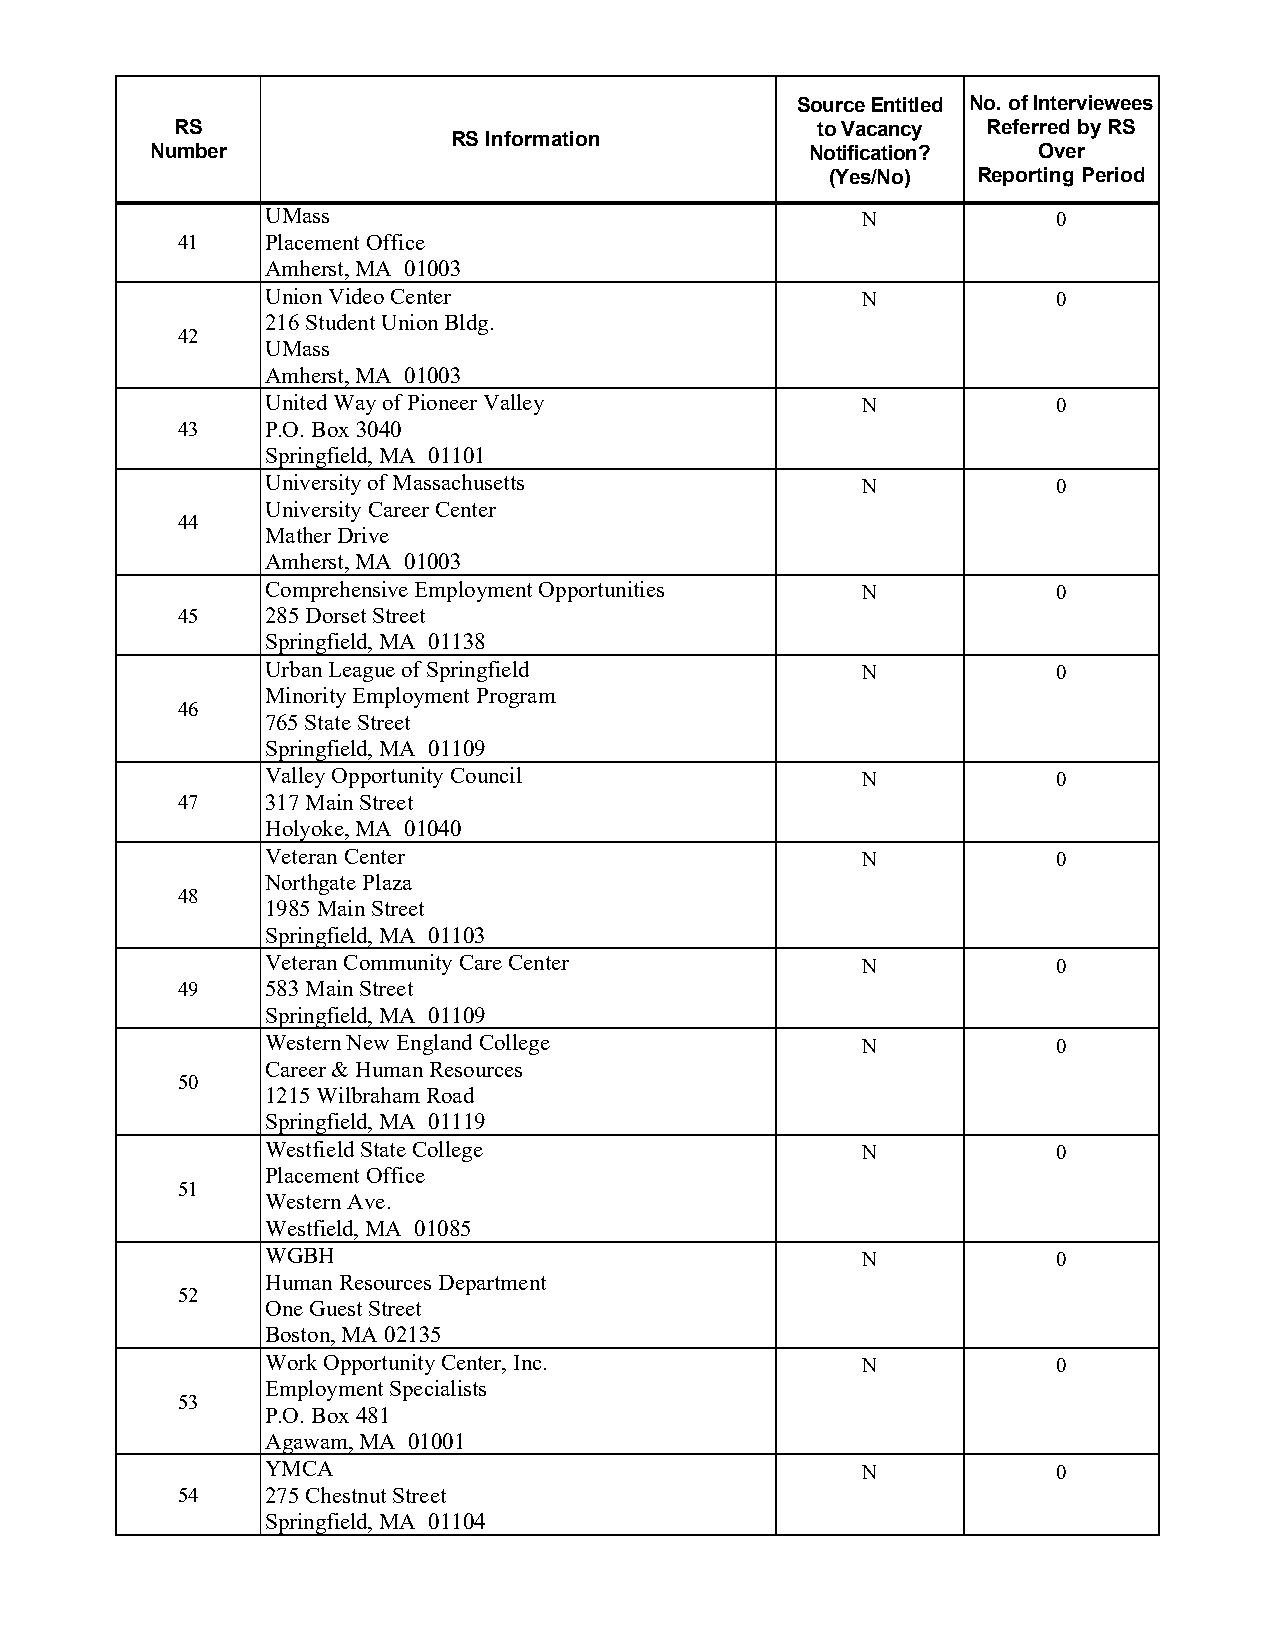
Source Entitled No. of Interviewees
 RS                                        to Vacancy Referred by RS
 RS Information
 Number                                      Notification?  Over
 (Yes/No)  Reporting Period
 UMass                                  N            0
 41    Placement Office
 Amherst, MA 01003
 Union Video Center                     N            0
 216 Student Union Bldg.
 42
 UMass
 Amherst, MA 01003
 United Way of Pioneer Valley           N            0
 43    P.O. Box 3040
 Springfield, MA 01101
 University of Massachusetts            N            0
 University Career Center
 44
 Mather Drive
 Amherst, MA 01003
 Comprehensive Employment Opportunities N            0
 45    285 Dorset Street
 Springfield, MA 01138
 Urban League of Springfield            N            0
 Minority Employment Program
 46
 765 State Street
 Springfield, MA 01109
 Valley Opportunity Council             N            0
 47    317 Main Street
 Holyoke, MA 01040
 Veteran Center                         N            0
 Northgate Plaza
 48
 1985 Main Street
 Springfield, MA 01103
 Veteran Community Care Center          N            0
 49    583 Main Street
 Springfield, MA 01109
 Western New England College            N            0
 Career & Human Resources
 50
 1215 Wilbraham Road
 Springfield, MA 01119
 Westfield State College                N            0
 Placement Office
 51
 Western Ave.
 Westfield, MA 01085
 WGBH                                   N            0
 Human Resources Department
 52
 One Guest Street
 Boston, MA 02135
 Work Opportunity Center, Inc.          N            0
 Employment Specialists
 53
 P.O. Box 481
 Agawam, MA 01001
 YMCA                                   N            0
 54    275 Chestnut Street
 Springfield, MA 01104